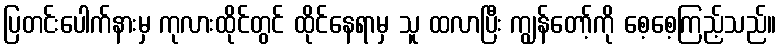
ပြတင်းပေါက်နားမှ ကုလားထိုင်တွင် ထိုင်နေရာမှ သူ ထလာပြီး ကျွန်တော့်ကို စေ့စေ့ကြည့်သည်။